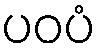
ပဝပံ